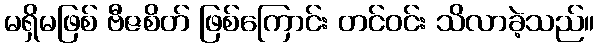
မရှိမဖြစ် ဗီဇစိတ် ဖြစ်ကြောင်း တင်ဝင်း သိလာခဲ့သည်။